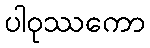
ပါဝုဿကော